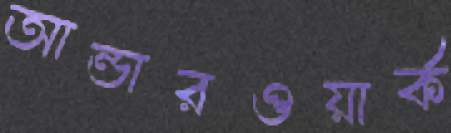
আন্ডারওয়ার্ক